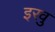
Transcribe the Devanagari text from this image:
इरवु